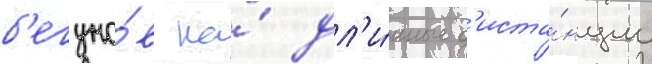
б'егуно́в на́ дл'и́нные д'иста́нции